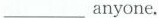
___ anyone.